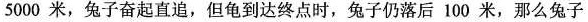
5000米，兔子奋起直追，但龟到达终点时，兔子仍落后100米，那么兔子